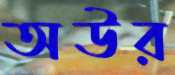
অউর